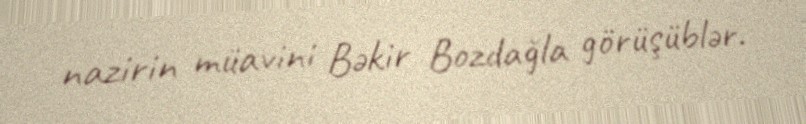
nazirin müavini Bəkir Bozdağla görüşüblər.